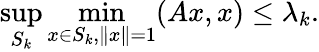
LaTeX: \operatorname*{sup}_{S_{k}}\operatorname*{min}_{x\in S_{k},\| x\| =1}(Ax,x)\leq\lambda_{k}.